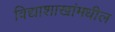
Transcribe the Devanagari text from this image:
विद्याशाखांमधील